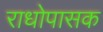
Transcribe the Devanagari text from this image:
राधोपासक